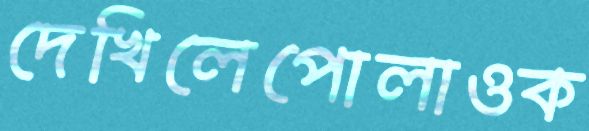
দেখিলেপোলাওক